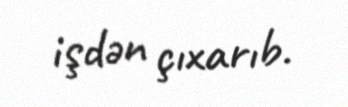
işdən çıxarıb.